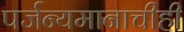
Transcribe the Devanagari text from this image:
पर्जन्यमानाचीही